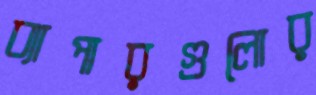
ব্যাপারগুলোর